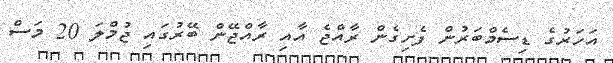
އަހަރުގެ ޑިސެމްބަރުން ފެށިގެން ރާއްޖެ އާއި ރާއްޖޭން ބޭރުގައި ޖުމްލަ 20 މަސް